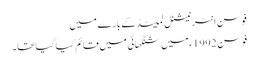
فوسن انٹرنیشنل لمیٹڈ کے بارے میں
فوسن 1992ء میں شنگھائی میں قائم کیا گیا تھا۔